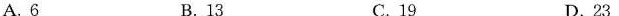
A. 6 B.13 C.19 D.23